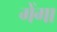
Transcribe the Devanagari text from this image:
गेंगा